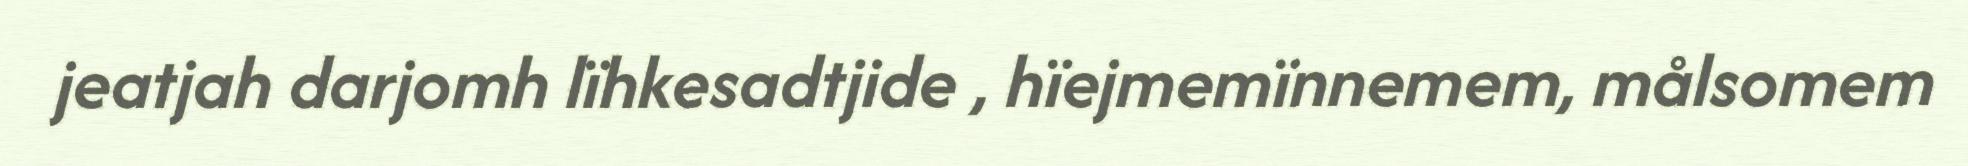
jeatjah darjomh lïhkesadtjide , hïejmemïnnemem, målsomem